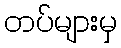
တပ်များမှ